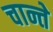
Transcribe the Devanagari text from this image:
चान्ते